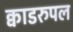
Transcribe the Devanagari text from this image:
क्वाडरुपल